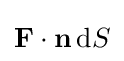
\mathbf {F} \cdot \mathbf {n} \,\mathrm {d} S